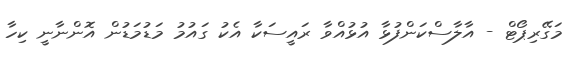
މަގޭރިޕޯޓް - އާލާސްކަންފުޅާ އުޅުއްވާ ރައީސަކާ އެކު ގައުމު މަޑުމަޑުން އޮންނާނީ ކިހާ